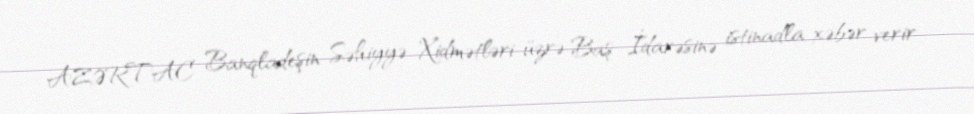
AZƏRTAC Banqladeşin Səhiyyə Xidmətləri üzrə Baş İdarəsinə istinadla xəbər verir